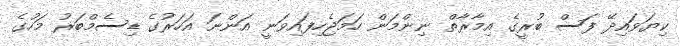
ކިޔަވައިދޭ ފަސް ބުރީގެ އިމާރާތް ނިންމަން ހަމަޖެހިފައިވަނީ އަންނަ އަހަރުގެ ޑިސެމްބަރު މަހުގެ